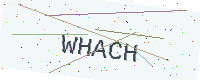
Text: WHACH